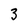
Character: 3